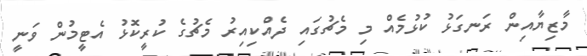
މާޒިޔާއިން ރަނގަޅު ކުޅުމެއް މި މެޗުގައި ދެއްކިއިރު މެޗުގެ ކުރީކޮޅު އެޓީމުން ވަނީ